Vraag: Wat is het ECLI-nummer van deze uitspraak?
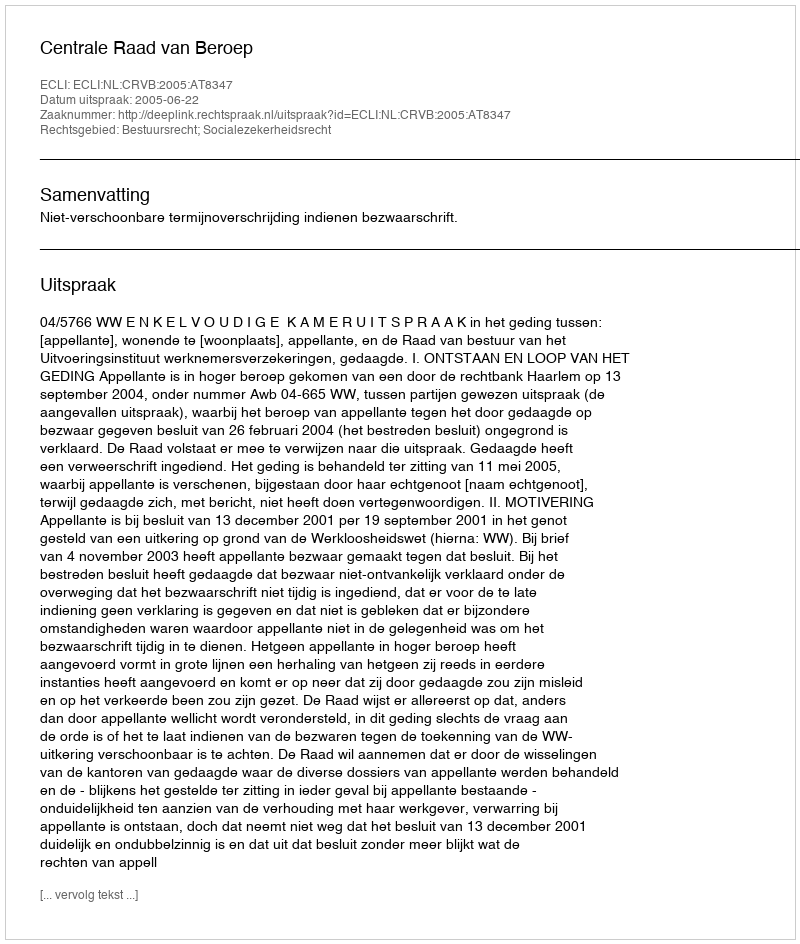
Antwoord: ECLI:NL:CRVB:2005:AT8347